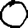
Digit: 0